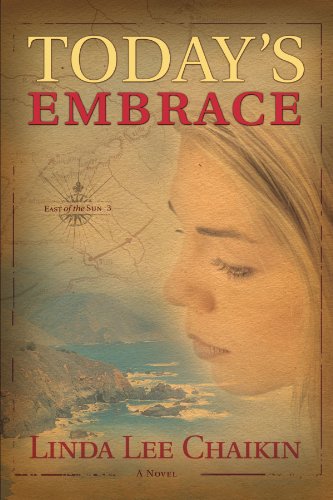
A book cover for Today's Embrace (East of the Sun #3); Linda Lee Chaikin; Travel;